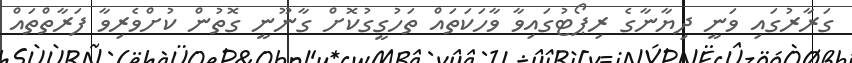
ގަރާރުގައި ވަނީ ދިޔާނާގެ ރިޕޯޓުގައިވާ ވާހަކަތައް ތަހުގީގުކޮށް ގާނޫނީ ގޮތުން ކުށްވެރިވާ ފަރާތްތައް